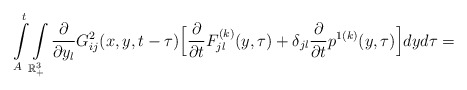
\begin{align*}\int\limits_{A}^{t}\int\limits_{\mathbb{R}^{3}_{+}}\frac{\partial}{\partial y_{l}}G_{ij}^{2}(x,y,t-\tau)\Big[\frac{\partial}{\partial t}F^{(k)}_{jl}(y,\tau)+\delta_{jl}\frac{\partial}{\partial t}p^{1(k)}(y,\tau)\Big] dyd\tau =\end{align*}